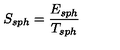
S _ { s p h } = \frac { E _ { s p h } } { T _ { s p h } }